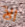
الآ